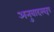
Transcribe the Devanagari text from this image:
अनुवादस्वरूप